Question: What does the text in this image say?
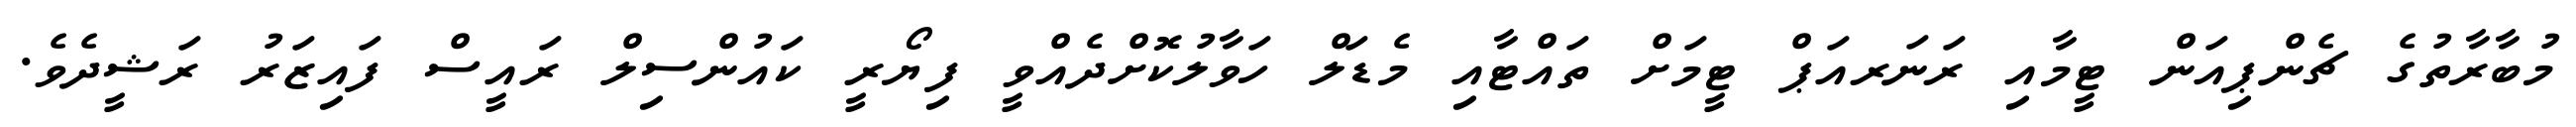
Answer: މުބާރާތުގެ ޗެންޕިއަން ޓީމާއި ރަނަރއަޕް ޓީމަށް ތައްޓާއި މެޑަލް ހަވާލުކޮށްދެއްވީ ފިޔޯރީ ކައުންސިލް ރައީސް ފައިޒަރު ރަޝީދެވެ.